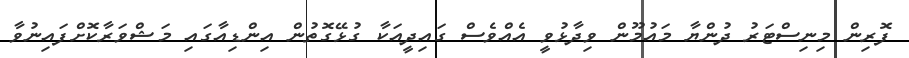
ފޮރިން މިނިސްޓަރު ދުންޔާ މައުމޫން ވިދާޅުވީ އެއްވެސް ގައިދީއަކާ ގުޅޭގޮތުން އިންޑިއާގައި މަޝްވަރާކޮށްފައިނުވާ